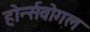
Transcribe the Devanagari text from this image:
होर्न्सवोगल